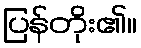
ပြန်တိုး၏။